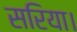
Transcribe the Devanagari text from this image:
सरिया।